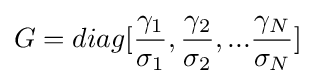
G=diag[{\frac {\gamma _{1}}{\sigma _{1}}},{\frac {\gamma _{2}}{\sigma _{2}}},...{\frac {\gamma _{N}}{\sigma _{N}}}]